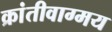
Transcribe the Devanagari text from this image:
क्रांतीवाग्मय